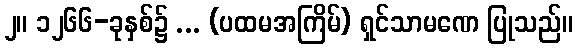
၂။ ၁၂၆၆-ခုနှစ်၌ ... (ပထမအကြိမ်) ရှင်သာမဏေ ပြုသည်။